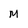
Character: M